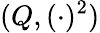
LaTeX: (Q,(\cdot)^{2})